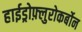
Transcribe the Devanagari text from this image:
हाईड्रोफ़्लुरोकर्बोन